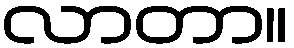
လာတာ။